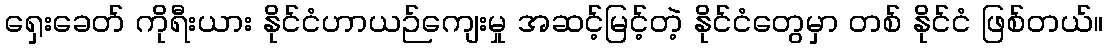
ရှေးခေတ် ကိုရီးယား နိုင်ငံဟာယဉ်ကျေးမှု အဆင့်မြင့်တဲ့ နိုင်ငံတွေမှာ တစ် နိုင်ငံ ဖြစ်တယ်။